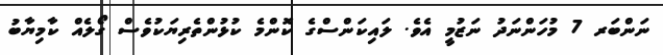
ނަންބަރ 7 މުހަންނަދު ނަޒުމީ އެވެ. ލައިކަންސްގެ ކޮންމެ ކުޅުންތެރިޔަކުވެސް ގޯލެއް ކާމިޔާބު